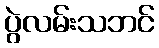
ပွဲလမ်းသဘင်